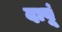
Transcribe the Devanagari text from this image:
दावूं